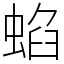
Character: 蜭